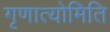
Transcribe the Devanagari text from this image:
गृणात्योमिति